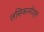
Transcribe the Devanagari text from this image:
लसिकानोड्स